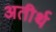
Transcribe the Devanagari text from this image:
अतीर्थ